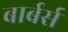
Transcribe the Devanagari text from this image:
बार्बर्स